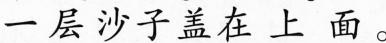
一层沙子盖在上面。